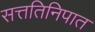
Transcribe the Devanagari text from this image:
सत्ततिनिपात